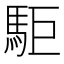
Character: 駏